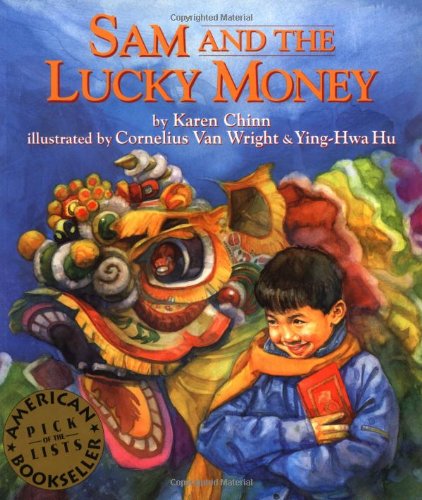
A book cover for Sam and the Lucky Money; Karen Chinn; Children's Books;